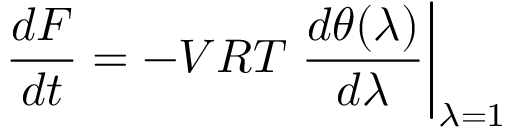
{ \frac { d F } { d t } } = - V R T \left. { \frac { d \theta ( \lambda ) } { d \lambda } } \right| _ { \lambda = 1 }